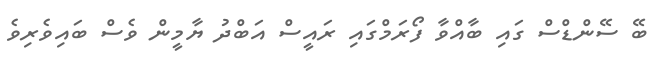
ބޭ ސޭންޑްސް ގައި ބާއްވާ ފޯރަމްގައި ރައީސް އަބްދު ޔާމީން ވެސް ބައިވެރިވެ